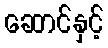
ဆောင်နှင့်